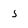
Character: 5